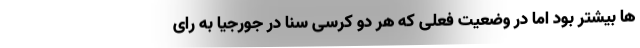
ها بیشتر بود اما در وضعیت فعلی که هر دو کرسی سنا در جورجیا به رای